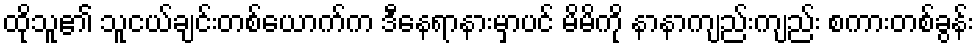
ထိုသူ၏ သူငယ်ချင်းတစ်ယောက်က ဒီနေရာနားမှာပင် မိမိကို နာနာကျည်းကျည်း စကားတစ်ခွန်း